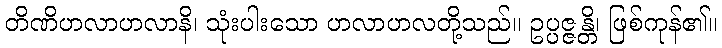
တိဏိဟလာဟလာနိ၊ သုံးပါးသော ဟလာဟလတို့သည်။ ဥပ္ပဇ္ဇန္တိ၊ ဖြစ်ကုန်၏။